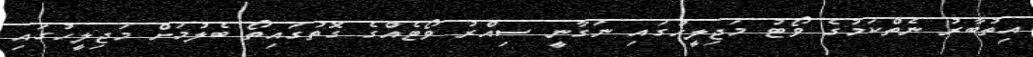
އިތުބާރު ނެތްކަމުގެ ވޯޓު މަޖިލީހުގައި ނަގާނީ ސިއްރު ވޯޓެއްގެ ގޮތުގައިތޯ ބެލުމަށް މަޖިލީހުގައި